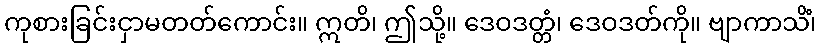
ကုစားခြင်းငှာမတတ်ကောင်း။ ဣတိ၊ ဤသို့။ ဒေဝဒတ္တံ၊ ဒေဝဒတ်ကို။ ဗျာကာသိံ၊